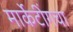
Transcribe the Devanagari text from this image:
मार्केटींगचा